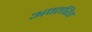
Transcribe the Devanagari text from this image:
अवतरित